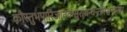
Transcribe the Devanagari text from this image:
कौस्तुभपारिजातकसुराधन्वन्तरिश्चन्द्रमाः।